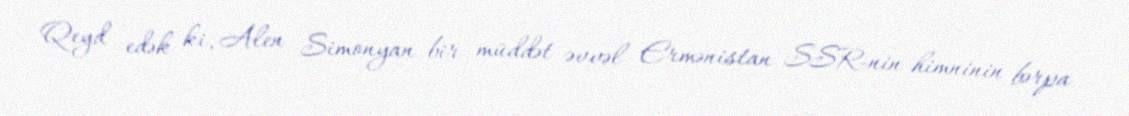
Qeyd edək ki, Alen Simonyan bir müddət əvvəl Ermənistan SSR-nin himninin bərpa